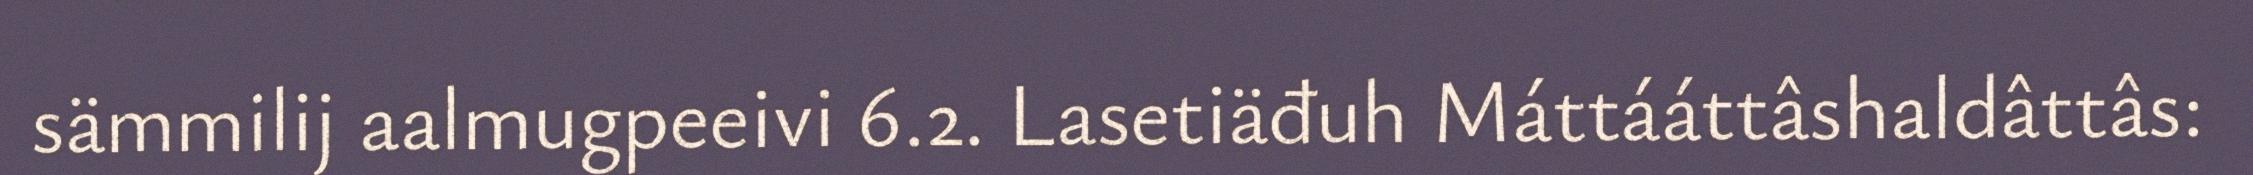
sämmilij aalmugpeeivi 6.2. Lasetiäđuh Máttááttâshaldâttâs: